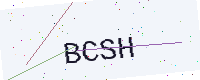
Text: BCSH